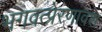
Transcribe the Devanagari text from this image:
भगवत्प्रेरणावश